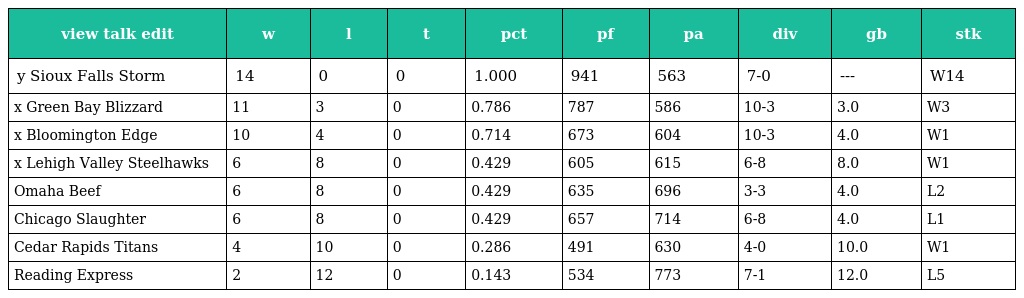
| view talk edit | w | l | t | pct | pf | pa | div | gb | stk |
 | --- | --- | --- | --- | --- | --- | --- | --- | --- | --- |
 | y Sioux Falls Storm | 14 | 0 | 0 | 1.000 | 941 | 563 | 7-0 | --- | W14 |
 | x Green Bay Blizzard | 11 | 3 | 0 | 0.786 | 787 | 586 | 10-3 | 3.0 | W3 |
 | x Bloomington Edge | 10 | 4 | 0 | 0.714 | 673 | 604 | 10-3 | 4.0 | W1 |
 | x Lehigh Valley Steelhawks | 6 | 8 | 0 | 0.429 | 605 | 615 | 6-8 | 8.0 | W1 |
 | Omaha Beef | 6 | 8 | 0 | 0.429 | 635 | 696 | 3-3 | 4.0 | L2 |
 | Chicago Slaughter | 6 | 8 | 0 | 0.429 | 657 | 714 | 6-8 | 4.0 | L1 |
 | Cedar Rapids Titans | 4 | 10 | 0 | 0.286 | 491 | 630 | 4-0 | 10.0 | W1 |
 | Reading Express | 2 | 12 | 0 | 0.143 | 534 | 773 | 7-1 | 12.0 | L5 |